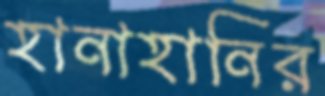
হানাহানির